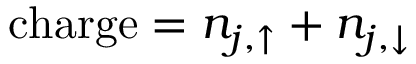
\mathrm { c h a r g e } = n _ { j , \uparrow } + n _ { j , \downarrow }